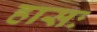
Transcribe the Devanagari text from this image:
हासः